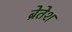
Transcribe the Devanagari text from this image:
ब्रेतेश